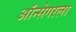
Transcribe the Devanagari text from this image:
ऑन्सेगरला